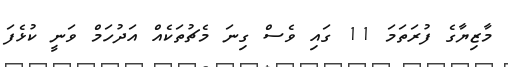
މާޒިޔާގެ ފުރަތަމަ 11 ގައި ވެސް ގިނަ މެޗުތަކެއް އަދުހަމް ވަނީ ކުޅެފަ